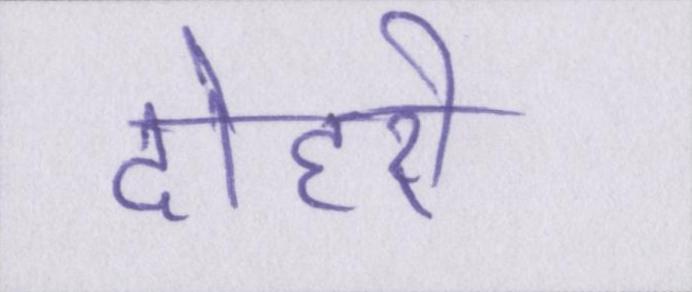
दोहरी